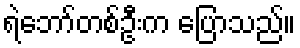
ရဲဘော်တစ်ဦးက ပြောသည်။